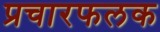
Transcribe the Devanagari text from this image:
प्रचारफलक